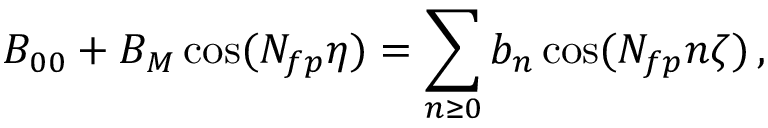
B _ { 0 0 } + B _ { M } \cos ( N _ { f p } \eta ) = \sum _ { n \ge 0 } { b _ { n } } \cos ( N _ { f p } n \zeta ) \, ,